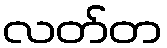
လတ်တ